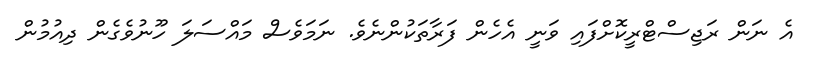
އެ ނަން ރަޖިސްޓްރީކޮށްފައި ވަނީ އެހެން ފަރާތަކުންނެވެ. ނަމަވެސް މައްސަލަ ހޫނުވެގެން ދިއުމުން